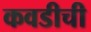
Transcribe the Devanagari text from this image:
कवडीची